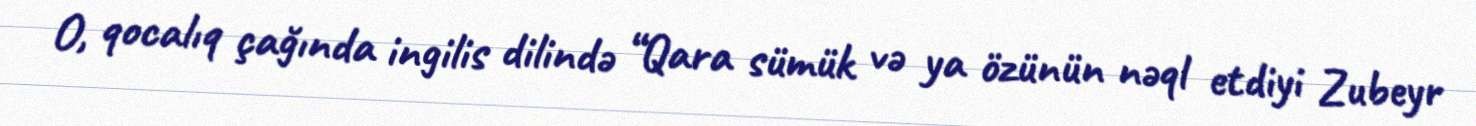
O, qocalıq çağında ingilis dilində “Qara sümük və ya özünün nəql etdiyi Zubeyr